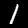
Digit: 1